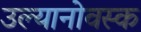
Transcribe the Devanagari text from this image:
उल्यानोवस्क